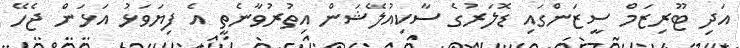
އަދި ޓޫރިޒަމް ސީޒަންގައި ޑޮލަރުގެ ސާކިއުލޭޝަން އިތުރުވާނެތީ އެ ފިޔަވަޅު އަޅަން ޖެހޭ